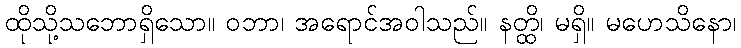
ထိုသို့သဘောရှိသော။ ဝဘာ၊ အရောင်အဝါသည်။ နတ္ထိ၊ မရှိ။ မဟေသိနော၊